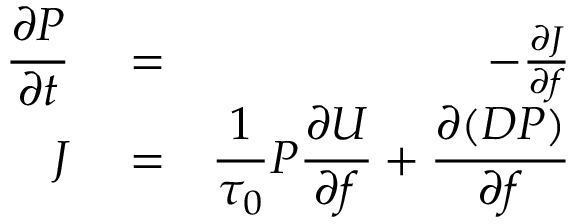
\begin{array} { r l r } { \displaystyle \frac { \partial P } { \partial t } } & { { } = } & { - \frac { \partial J } { \partial f } } \\ { J } & { { } = } & { \displaystyle \frac { 1 } { \tau _ { 0 } } P \frac { \partial U } { \partial f } + \frac { \partial ( D P ) } { \partial f } } \end{array}